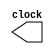
//clock generator
module Clock(clock);
output reg clock;
initial
clock = 1;
always 
#5 clock = ~clock;
endmodule
//target device
module targetll (clk,reset,FRAME,AD,DEVSEL,C_BE,IRDY,TRDY,rw,ntrdy);
input clk,reset,FRAME,IRDY,rw,ntrdy; 
input [3:0] C_BE; 
output reg TRDY=1,DEVSEL=1;
inout [31:0] AD; //multiplexed adress and data lines
reg [31:0] memory [0:2]; //memory to store data
reg [31:0] buffer [0:2]; //buffer 
//reg frame, irdy, trdy , devsel; //signals to assign in it values of signals
reg [3:0] c_be; //reg to store control lines in it
reg [3:0] BE; //byte enable
reg [31:0] ad = 32'hzzzzzzzz; //reg to store the data on the data line in it
reg [31:0] devAddr;
reg [2:0] state, prev_state;
reg [2:0] mp; //pointer to the memory

assign AD = (!rw)? ad:32'hzzzzzzzz;
// define the state
parameter idle = 3'b000,
device_select = 3'b010, read_state = 3'b011, write_state = 3'b100,target_scenario=3'b001,
buffer_state = 3'b101, waiting = 3'b111 ;

//check the signals to move to the right state
always @ (posedge clk or reset) begin 
if(reset) begin
state <= idle;
end 
//send the address to begin the transaction

else if(!FRAME&&IRDY==1 &&(AD==0 || AD==1 || AD==2) && prev_state == idle) begin
state=device_select;
devAddr <= AD;
mp <= AD;
c_be = C_BE;
end

//begin the transaction (data 1)
else if(!FRAME && DEVSEL==0&&TRDY==0&&c_be==4'b0111&&IRDY==0 && prev_state == device_select) begin
state<=write_state;
ad <=AD;
BE <= C_BE;
end

//begin reading data1
else if(!FRAME && DEVSEL==0&&TRDY==1&&c_be==4'b0110&&IRDY==0 && prev_state == device_select && !rw &&ntrdy==0)begin
state <=read_state;
end
//read data 2
else if(!FRAME && DEVSEL==0&&TRDY==0&& IRDY == 0 && c_be==4'b0110&& prev_state == read_state||prev_state==waiting && !rw)begin///
state <=read_state;
end

//irdy not ready in read
else if(!FRAME && DEVSEL==0&&TRDY==0&& IRDY == 1 && c_be==4'b0110&& prev_state == read_state && !rw)begin
state <=waiting;

end
//continue transaction (not the last data or the first data)
else if(!FRAME && DEVSEL==0&&TRDY==0&&c_be==4'b0111&&IRDY==0 && prev_state == write_state||prev_state==waiting ||
 prev_state== buffer_state) begin
state<=write_state;
ad <=AD;
BE <= C_BE;
end
else if (!FRAME && IRDY && !TRDY &&!DEVSEL&& rw)begin
state <= waiting;
end 
//the last transaction (data 3)
else if(FRAME && !IRDY &&!TRDY &&!DEVSEL&& prev_state == write_state||prev_state==waiting || prev_state== buffer_state)begin///
state<=write_state;
ad <=AD;
BE <= C_BE;
end
//if the targeT not READY
else if(!IRDY &&TRDY &&!DEVSEL&& prev_state == write_state)begin
state <= buffer_state;
ad<=AD;
BE <= C_BE;
end

//the last transaction in read 
else if (FRAME && !IRDY && prev_state == read_state)begin
state <= read_state;
end
//end the transaction
else if (FRAME && IRDY && (prev_state == write_state || prev_state == read_state))begin
state <=idle;
ad <= 32'hzzzzzzzz;
end
//target_scenario

else if(!FRAME && DEVSEL==0&&TRDY==1&&c_be==4'b0110&&IRDY==0 && prev_state == device_select && ntrdy)begin
state <=target_scenario;
end

else if(!FRAME && DEVSEL==0&&c_be==4'b0110&&IRDY==0 &&TRDY == 0 && prev_state == target_scenario && ntrdy)begin
state <=target_scenario;
end

else if(!FRAME && DEVSEL==0&&c_be==4'b0110&&IRDY==0 &&TRDY ==1&& prev_state == target_scenario && ntrdy)begin
mp = mp -1;
state =target_scenario;

end

else if (prev_state == target_scenario&&mp==3'b101)begin
state <=idle;
ad <= 32'hzzzzzzzz;

end

end

//write the signals and store the data
always @(negedge clk) begin

case(state)

//no transaction
idle: begin
TRDY <= 1'b1;
DEVSEL <= 1'b1;
mp <= 3'b000;
//ad <= 32'hzzzzzzzz;
end

//the right selected device
device_select: begin
DEVSEL<=0;
if(c_be == 4'b0111)begin
TRDY<=0;
end
end
//write data
write_state: begin
//write in memory but based on the byte enable bit
 if(BE[0] == 1'b1)begin
	memory[mp][7:0] = ad[7:0];
end
if(BE[1] == 1'b1)begin
	memory[mp][15:8] = ad[15:8];
end
if(BE[2] == 1'b1)begin
	memory[mp][23:16] = ad[23:16];
end
if(BE[3] == 1'b1)begin
	memory[mp][31:24] = ad[31:24];
end
mp = mp + 3'b001;

//to check if it is the last transaction or if the memory of target is full 
if(mp == 3'b011 && devAddr == 0)begin
TRDY <= 1'b1;
end
if(FRAME)begin
TRDY <= 1;
DEVSEL<= 1'b1;
end
if(mp == 3'b011 && devAddr != 0)begin
mp = 0;
end
end
//buffer when overflow
buffer_state:begin
mp = 0;
buffer[0] = memory[0];
buffer[1] = memory[1];
buffer[2] = memory[2];
TRDY = 0;

end

// read state
read_state: begin
TRDY = 0;
ad = memory[mp];
mp = mp + 3'b001;
// end of transaction or target finished reading
if(FRAME || mp == 3'b100)begin
TRDY <= 1'b1;
DEVSEL <= 1'b1;
end
end

// added target scenario
target_scenario:begin
if( mp != 1 || (mp == 1 && TRDY == 1))begin
ad = memory[mp];
TRDY = 0;
end


else if((mp)==1 && TRDY == 0)begin
TRDY = 1;
end

if(FRAME||mp == 3'b100)begin
TRDY <= 1'b1;
DEVSEL <= 1'b1;
mp = mp + 3'b001;
end

mp = mp + 3'b001;
end
waiting:begin
/*if (rw==1) begin
state = write_state;
end
else if(rw==0)
begin
state=read_state;
end*/
end
endcase
prev_state = state;
end
endmodule